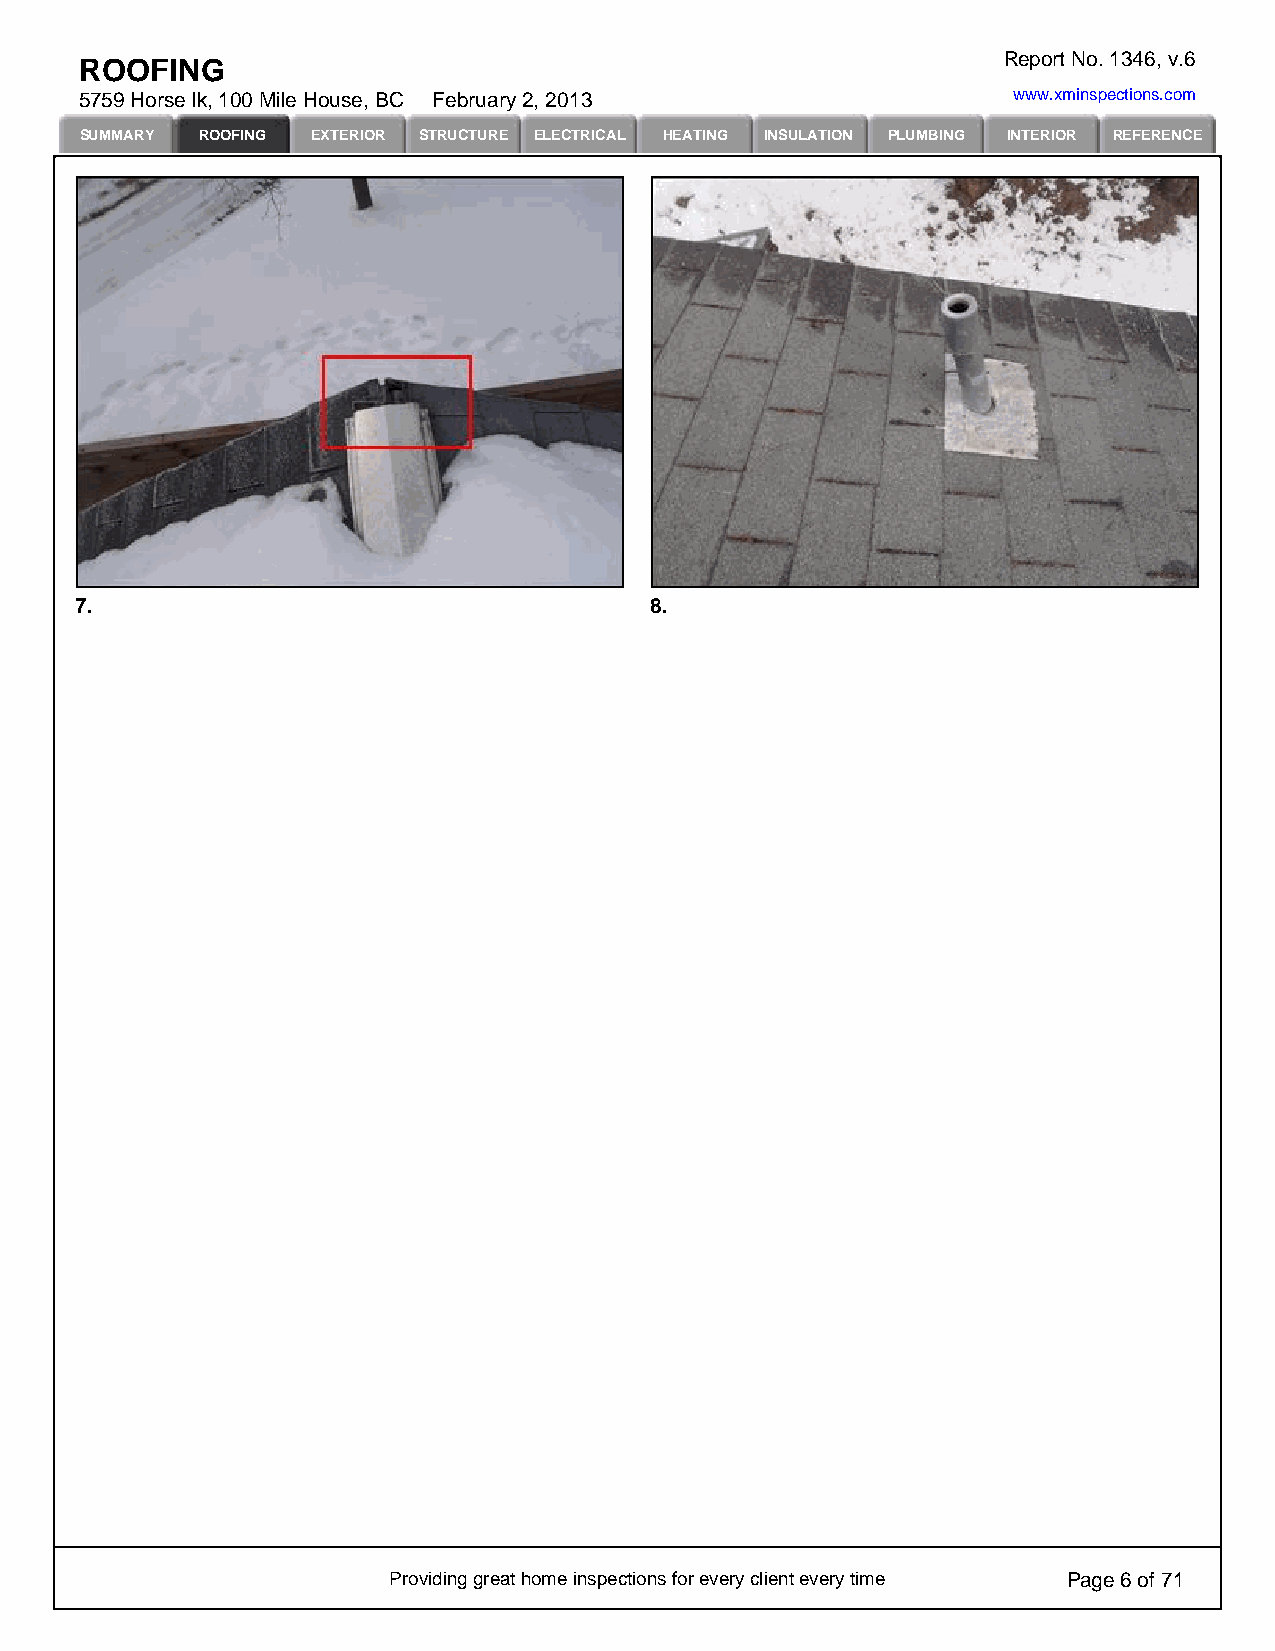
Report No. 1346, v.6
 ROOFING
 5759 Horse lk, 100 Mile House, BC February 2, 2013            www.xminspections.com
 SUMMARY ROOFING EXTERIOR STRUCTURE ELECTRICAL HEATING INSULATION PLUMBING INTERIOR REFERENCE
 7.                                    8.
 Providing great home inspections for every client every time Page 6 of 71